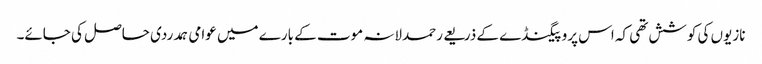
نازیوں کی کوشش تھی کہ اس پروپیگنڈے کے ذریعے رحمدلانہ موت کے بارے میں عوامی ہمدردی حاصل کی جائے۔